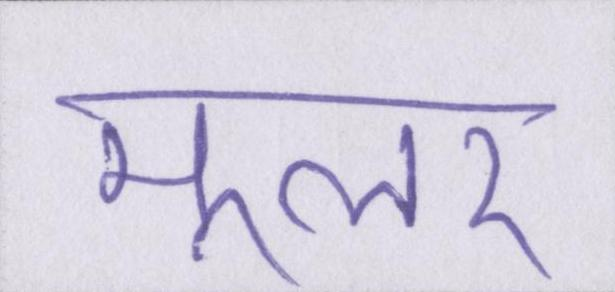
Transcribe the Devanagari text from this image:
मूलर